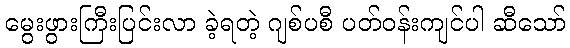
မွေးဖွားကြီးပြင်းလာ ခဲ့ရတဲ့ ဂျစ်ပစီ ပတ်ဝန်းကျင်ပါ ဆီသော်